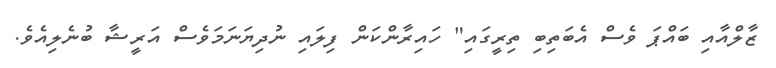
ޒާލްއާއި ބައްޕަ ވެސް އެބަތިބި ތިރީގައި" ހައިރާންކަން ފިލައި ނުދިޔަނަމަވެސް އަރީޝާ ބުނެލިއެވެ.